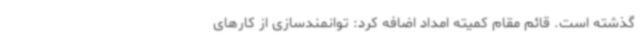
گذشته است. قائم مقام کمیته امداد اضافه کرد: توانمندسازی از کارهای